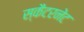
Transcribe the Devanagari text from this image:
स्कैटरनेट